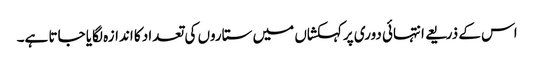
اس کے ذریعے انتہائی دوری پرکہکشاں میں ستاروں کی تعداد کا اندازہ لگایا جاتا ہے۔